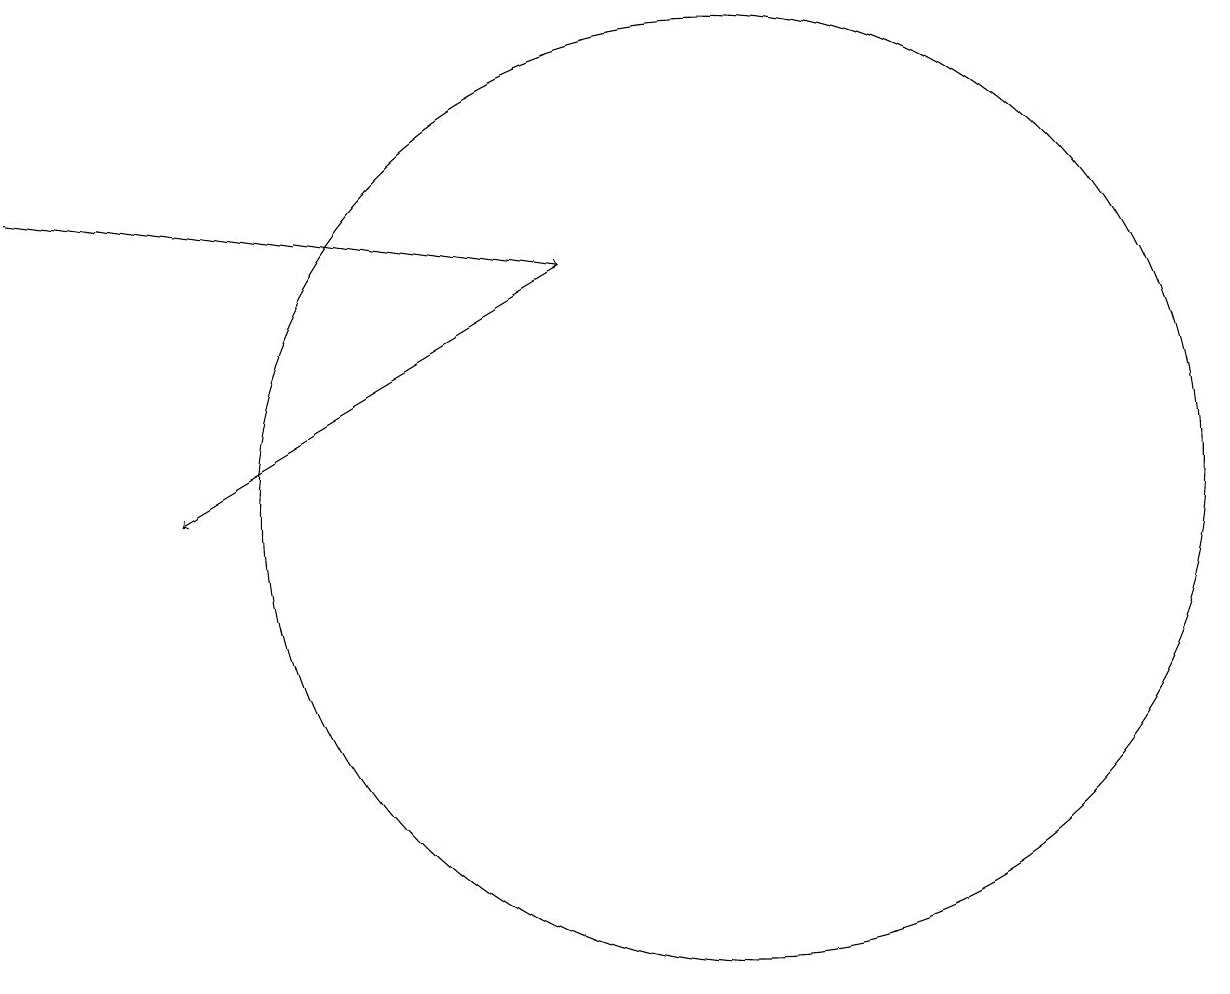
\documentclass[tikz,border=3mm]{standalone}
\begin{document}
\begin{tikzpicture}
\draw[->] (2,14) -- (9,13);
\draw (11,10) circle (6);
\draw[->] (9,13) -- (4,10);
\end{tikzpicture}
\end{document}